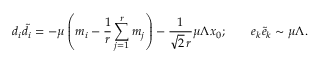
d _ { i } { \tilde { d } _ { i } } = - \mu \left( m _ { i } - \frac { 1 } { r } \sum _ { j = 1 } ^ { r } m _ { j } \right) - \frac { 1 } { \sqrt { 2 } \, r } \mu \Lambda x _ { 0 } ; \qquad e _ { k } { \tilde { e } } _ { k } \sim \mu \Lambda .